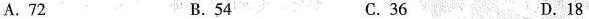
A. 72 B. 54 C. 36 D.18